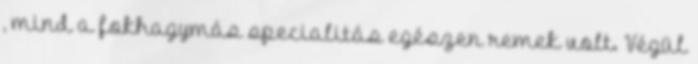
, mind a fokhagymás specialitás egészen remek volt. Végül